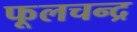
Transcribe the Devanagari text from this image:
फूलचन्द्र